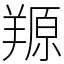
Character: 羱